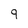
Character: 9